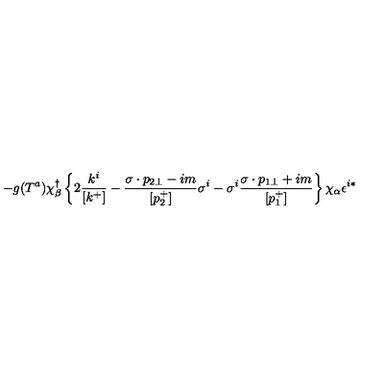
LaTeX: - g ( T ^ { a } ) \chi _ { \beta } ^ { \dagger } \left\{ 2 \frac { k ^ { i } } { [ k ^ { + } ] } - \frac { \sigma \cdot p _ { 2 \bot } - i m } { [ p _ { 2 } ^ { + } ] } \sigma ^ { i } - \sigma ^ { i } \frac { \sigma \cdot p _ { 1 \bot } + i m } { [ p _ { 1 } ^ { + } ] } \right\} \chi _ { \alpha } \epsilon ^ { i * }